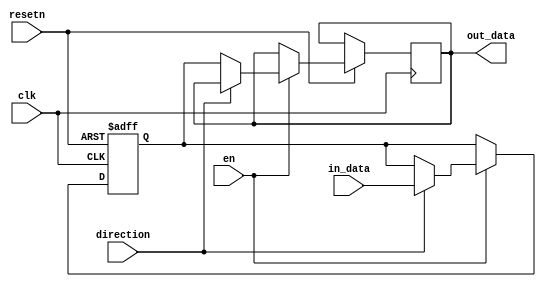
module bidirectional_buffer
(
    input wire clk,
    input wire resetn,
    input wire en,
    input wire direction,
    input wire [7:0] in_data,
    output wire [7:0] out_data
);

reg [7:0] buffer;

always @ (posedge clk or negedge resetn) begin
    if (~resetn) begin
        buffer <= 8'h00;
    end else begin
        if (en) begin
            if (direction) begin
                buffer <= in_data;
            end else begin
                out_data <= buffer;
            end
        end
    end
end

endmodule